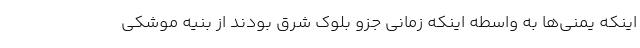
اینکه یمنی‌ها به واسطه اینکه زمانی جزو بلوک شرق بودند از بنیه موشکی